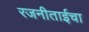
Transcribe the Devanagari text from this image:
रजनीताईचा